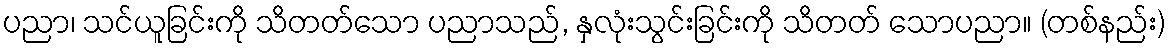
ပညာ၊ သင်ယူခြင်းကို သိတတ်သော ပညာသည်, နှလုံးသွင်းခြင်းကို သိတတ် သောပညာ။ (တစ်နည်း)